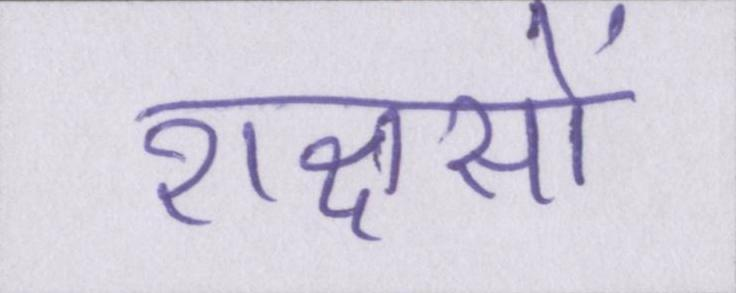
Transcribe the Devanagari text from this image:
राक्षसों